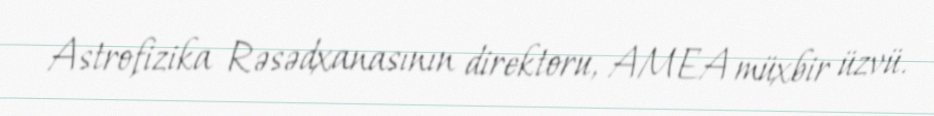
Astrofizika Rəsədxanasının direktoru, AMEA müxbir üzvü.